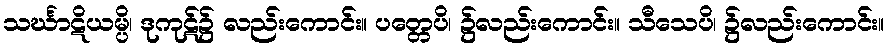
သင်္ဃာဋိယမ္ပိ၊ ဒုကုဋ်၌ လည်းကောင်း။ ပတ္တေပိ၊ ၌လည်းကောင်း။ သီသေပိ၊ ၌လည်းကောင်း။